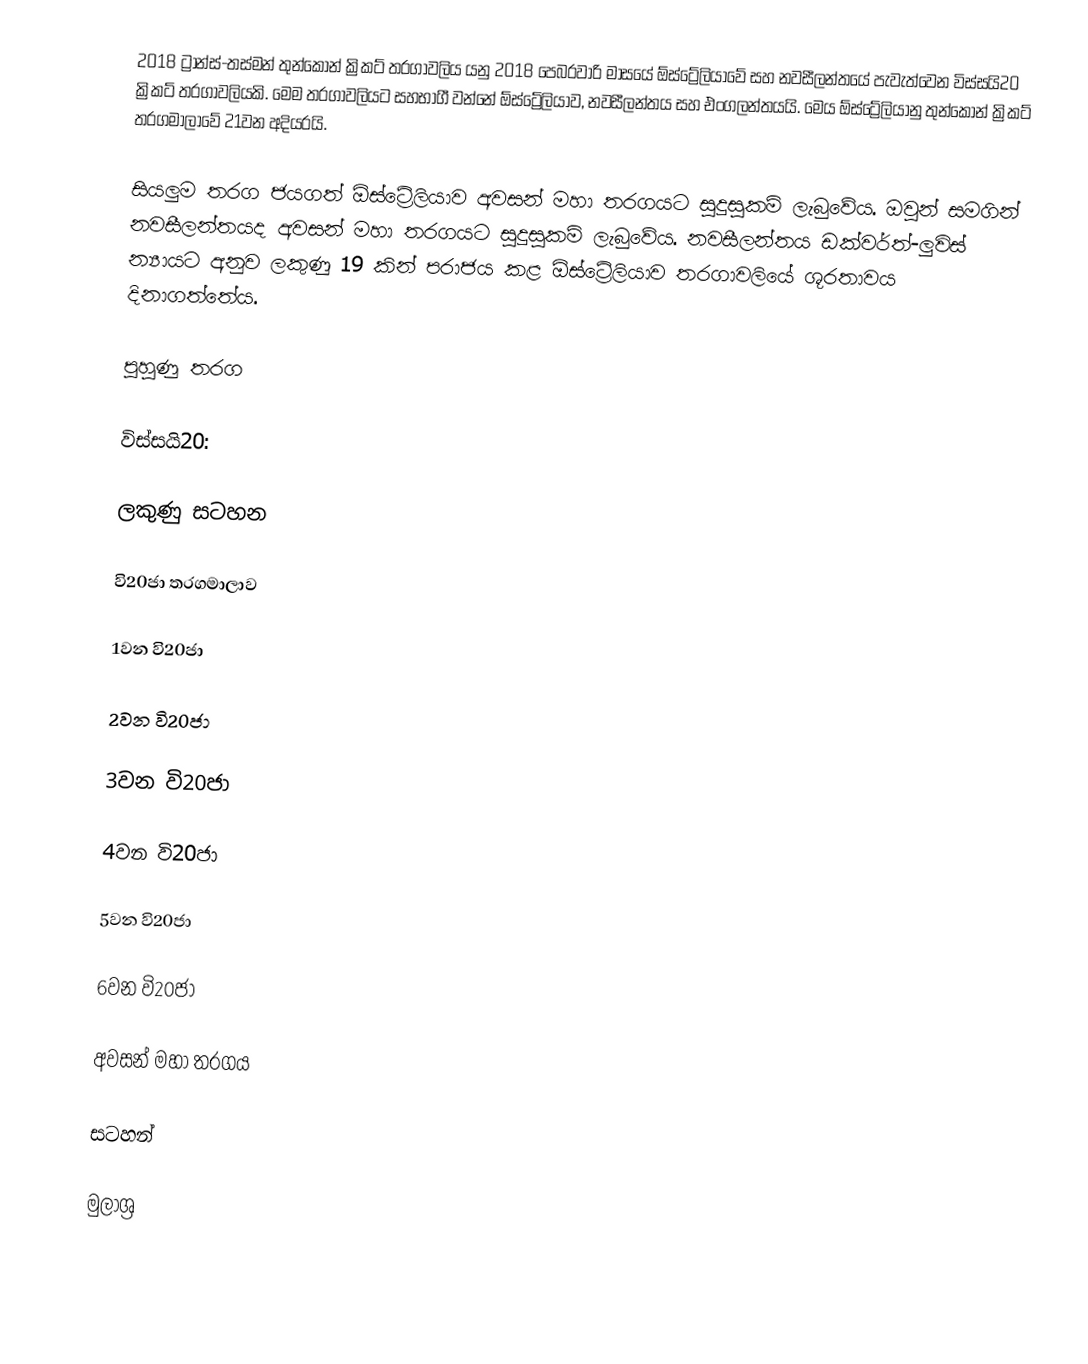
2018 ට්‍රාන්ස්-තස්මන් තුන්කොන් ක්‍රිකට් තරගාවලිය යනු 2018 පෙබරවාරි මාසයේ ඕස්ට්‍රේලියාවේ සහ නවසීලන්තයේ පැවැත්වෙන විස්සයි20 ක්‍රිකට් තරගාවලියකි. මෙම තරගාවලියට සහභාගී වන්නේ ඕස්ට්‍රේලියාව, නවසීලන්තය සහ එංගලන්තයයි. මෙය ඕස්ට්‍රේලියානු තුන්කොන් ක්‍රිකට් තරගමාලාවේ 21වන අදියරයි.

සියලුම තරග ජයගත් ඕස්ට්‍රේලියාව අවසන් මහා තරගයට සුදුසුකම් ලැබුවේය. ඔවුන් සමගින් නවසීලන්තයද අවසන් මහා තරගයට සුදුසුකම් ලැබුවේය. නවසීලන්තය ඩක්වර්ත්-ලුවිස් න්‍යායට අනුව ලකුණු 19 කින් පරාජය කළ ඕස්ට්‍රේලියාව තරගාවලියේ ශූරතාවය දිනාගත්තේය.

පුහුණු තරග

විස්සයි20:

ලකුණු සටහන

වි20ජා තරගමාලාව

1වන වි20ජා

2වන වි20ජා

3වන වි20ජා

4වන වි20ජා

5වන වි20ජා

6වන වි20ජා

අවසන් මහා තරගය

සටහන්

මුලාශ්‍ර